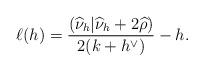
LaTeX: \begin{align*}\ell(h)=\frac{(\widehat \nu_h|\widehat \nu_h+2\widehat \rho)}{2(k+h^\vee)}-h.\end{align*}